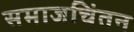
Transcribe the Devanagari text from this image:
समाजचिंतन